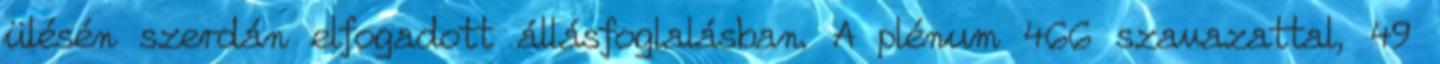
ülésén szerdán elfogadott állásfoglalásban. A plénum 466 szavazattal, 49